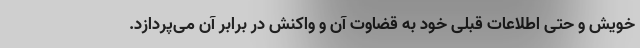
خویش و حتی اطلاعات قبلی خود به قضاوت آن و واکنش در برابر آن می‌پردازد.